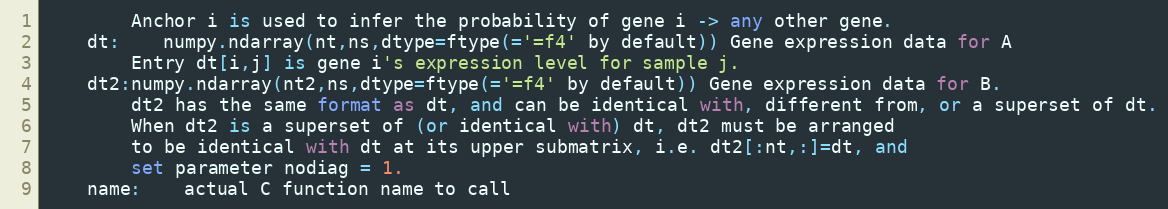
Language: Python
		Anchor i is used to infer the probability of gene i -> any other gene.
	dt:	numpy.ndarray(nt,ns,dtype=ftype(='=f4' by default)) Gene expression data for A
		Entry dt[i,j] is gene i's expression level for sample j.
	dt2:numpy.ndarray(nt2,ns,dtype=ftype(='=f4' by default)) Gene expression data for B.
		dt2 has the same format as dt, and can be identical with, different from, or a superset of dt.
		When dt2 is a superset of (or identical with) dt, dt2 must be arranged
		to be identical with dt at its upper submatrix, i.e. dt2[:nt,:]=dt, and
		set parameter nodiag = 1.
	name:	actual C function name to call